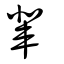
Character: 軰